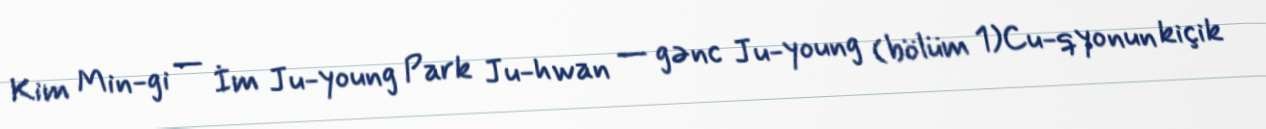
Kim Min-gi — İm Ju-young Park Ju-hwan — gənc Ju-young (bölüm 1)Cu-qyonun kiçik